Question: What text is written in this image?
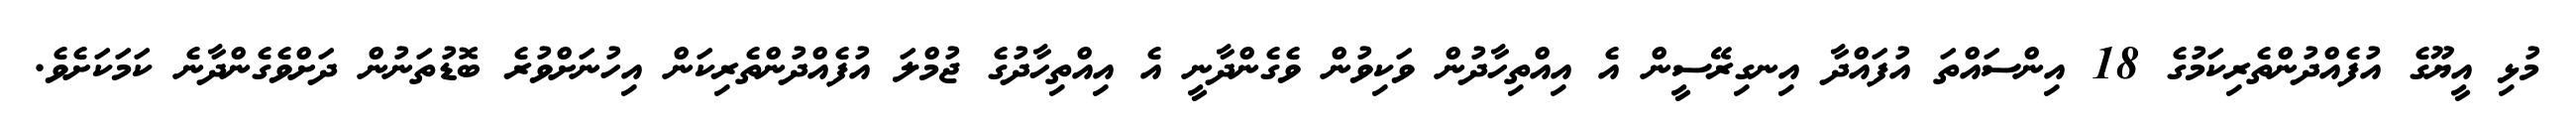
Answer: މުޅި އީޔޫގެ އުފެއްދުންތެރިކަމުގެ 18 އިންސައްތަ އުފައްދާ އިނގިރޭސީން އެ އިއްތިހާދުން ވަކިވުން ވެގެންދާނީ އެ އިއްތިހާދުގެ ޖުމްލަ އުފެއްދުންތެރިކަން އިހުނަށްވުރެ ބޮޑުތަނުން ދަށްވެގެންދާނެ ކަމަކަށެވެ.